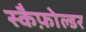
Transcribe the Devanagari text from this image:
स्कैफ़ोल्डर